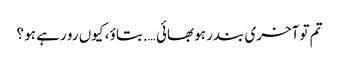
تم تو آخری بندر ہو بھائی ….بتاؤ ، کیوں رو رہے ہو ؟